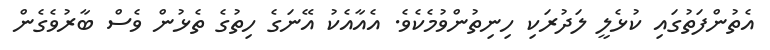
އެތުންފަތުގައި ކުޅެލީ ލަދުރަކި ހިނިތުންވުމެކެވެ. އެއާއެކު އޭނަގެ ހިތުގެ ތެޅުން ވެސް ބާރުވެގެން